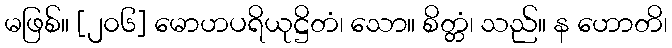
မဖြစ်။ [၂၀၆] မောဟပရိယုဋ္ဌိတံ၊ သော။ စိတ္တံ၊ သည်။ န ဟောတိ၊